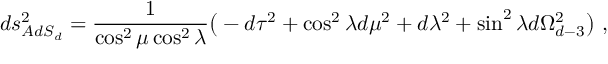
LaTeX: d s _ { A d S _ { d } } ^ { 2 } = { \frac { 1 } { \cos ^ { 2 } \mu \cos ^ { 2 } \lambda } } \big ( - d \tau ^ { 2 } + \cos ^ { 2 } \lambda d \mu ^ { 2 } + d \lambda ^ { 2 } + \sin ^ { 2 } \lambda d \Omega _ { d - 3 } ^ { 2 } \big ) \ ,